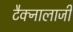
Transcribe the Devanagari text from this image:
टैक्नालाजी